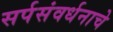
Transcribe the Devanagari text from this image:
सर्पसंवर्धनाचे